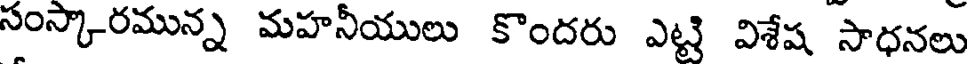
సంస్కారమున్న మహనీయులు కొందరు ఎట్టి విశేష సాధనలు